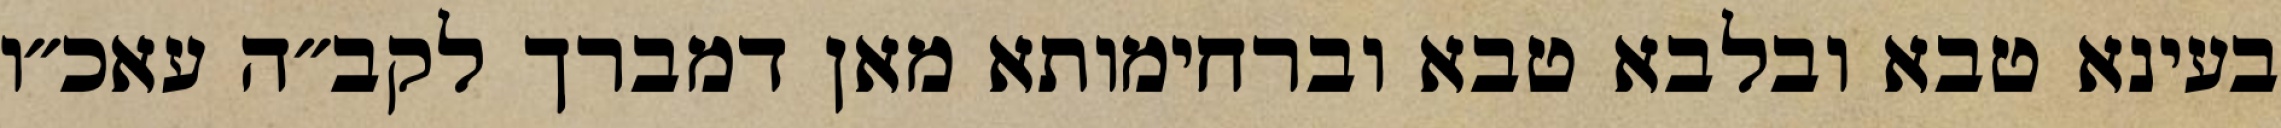
בעינא טבא ובלבא טבא וברחימותא מאן דמברך לקב״ה עאכ״ו